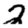
Digit: 2